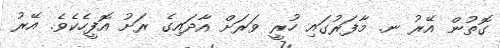
ގޮތުން އޭރު ނ. މާފަރުގައި ހުރީ ވަރަށް އާދައިގެ ރަށު އޮފީހެކެވެ. އޭރު